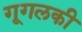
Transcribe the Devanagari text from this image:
गूगलकी